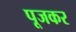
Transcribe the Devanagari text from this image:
पूजकर